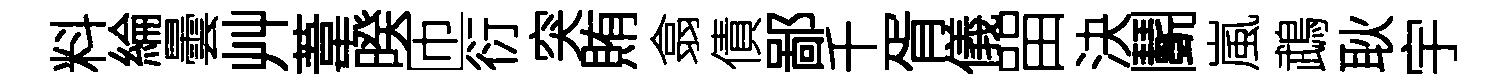
料綸曇艸葦暌匝衍突賄翕債鄙千胥儀㽞決鬬嵐鵡耿宇